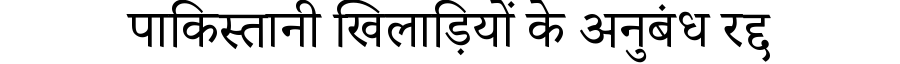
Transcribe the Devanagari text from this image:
पाकिस्तानी खिलाड़ियों के अनुबंध रद्द